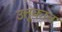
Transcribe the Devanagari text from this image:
उत्तूकान